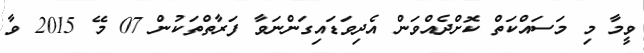
ވީމާ މި މަސައްކަތް ކޮށްދެއްވަން އެދިވަޑައިގަންނަވާ ފަރާތްތަކުން 07 މޭ 2015 ވާ